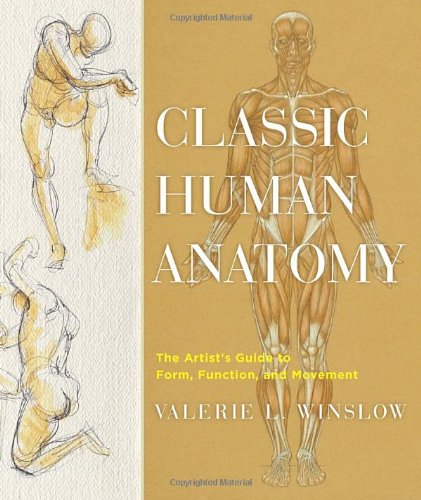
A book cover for Classic Human Anatomy: The Artist's Guide to Form, Function, and Movement; Valerie L. Winslow; Arts & Photography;